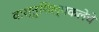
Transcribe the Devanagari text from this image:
वास्तुशिल्पकलेचे